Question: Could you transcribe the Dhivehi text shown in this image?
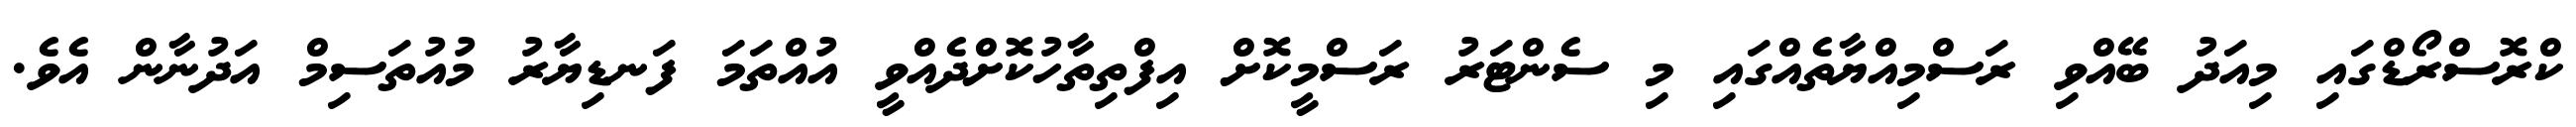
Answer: ކްރޮސްރޯޑްގައި މިއަދު ބޭއްވި ރަސްމިއްޔާތެއްގައި މި ސެންޓަރު ރަސްމީކޮށް އިފްތިތާހުކޮށްދެއްވީ އުއްތަމަ ފަނޑިޔާރު މުއުތަސިމް އަދުނާން އެވެ.